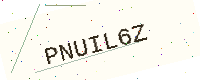
Text: PNUIL6Z